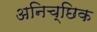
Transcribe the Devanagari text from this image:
अनिच्छिक